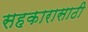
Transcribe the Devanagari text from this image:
सहकारासाठी